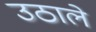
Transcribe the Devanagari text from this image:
उठाले